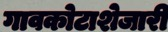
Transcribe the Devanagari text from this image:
गावकोटाशेजारी